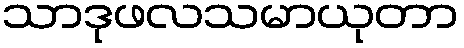
သာဒုဖလသမာယုတာ